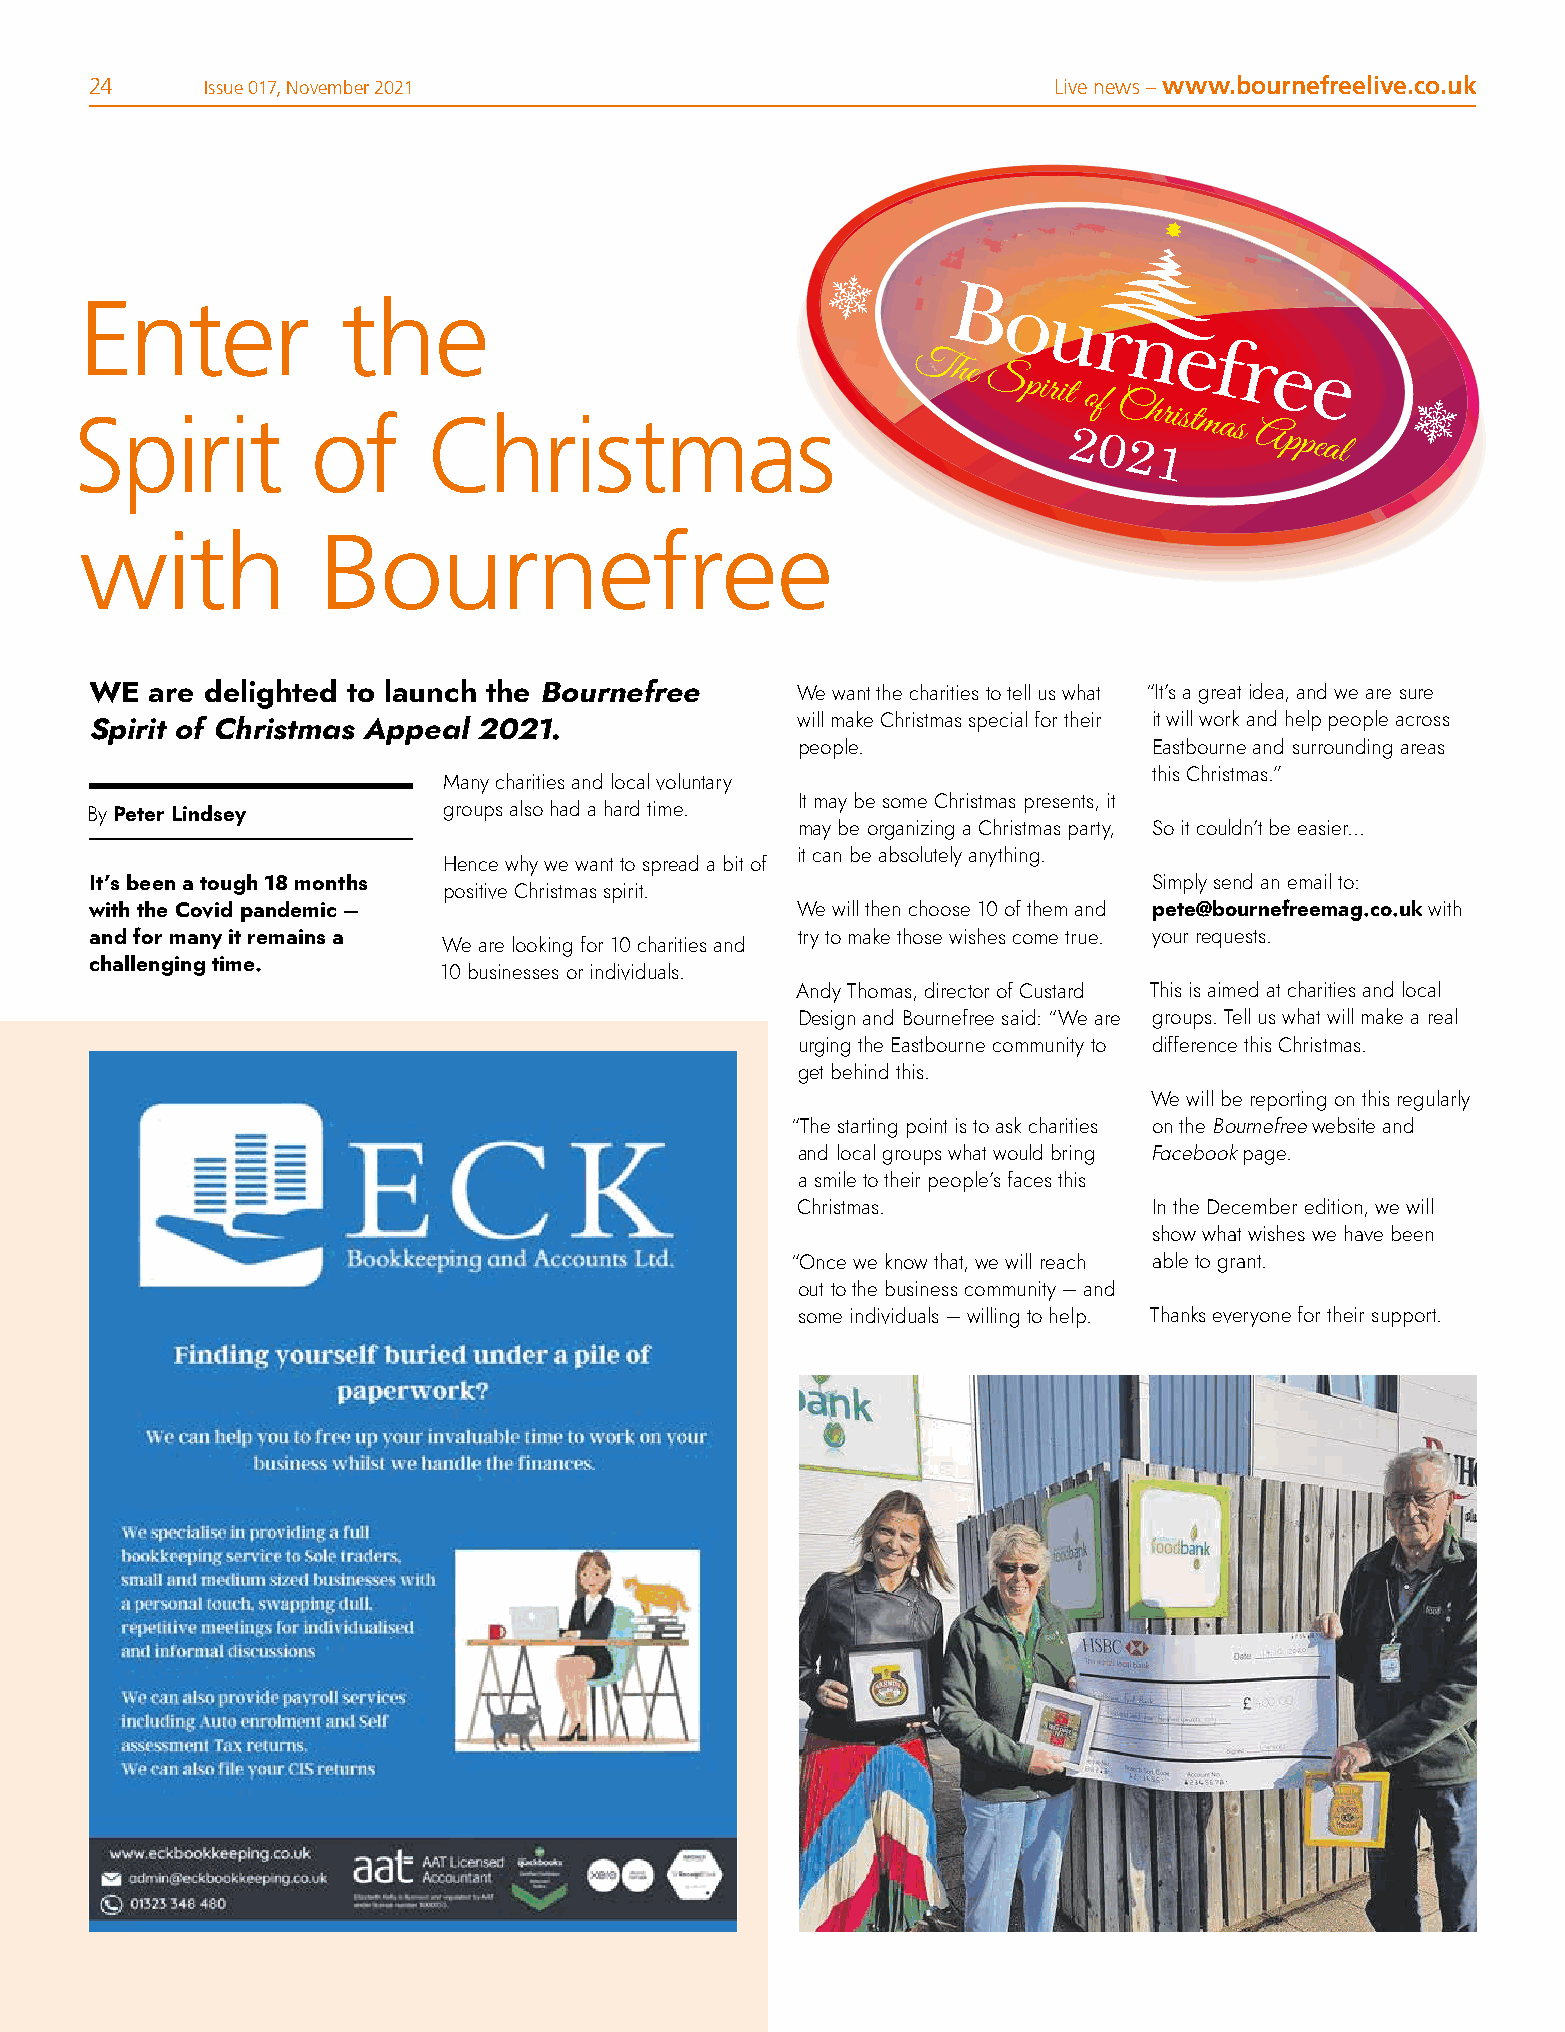
24     Issue 017, November 2021                                 Live news – www.bournefreelive.co.uk
 Enter             the
 The
 Spirit
 of
 Spirit          of     Christmas
 Christmas
 2021         Appeal
 with            Bournefree
 WE  are delighted to launch the Bournefree     We want the charities to tell us what “It’s a great idea, and we are sure
 will make Christmas special for their it will work and help people across
 Spirit of Christmas Appeal 2021.
 people.                Eastbourne and surrounding areas
 this Christmas.”
 Many charities and local voluntary
 It may be some Christmas presents, it
 By Peter Lindsey       groups also had a hard time.
 may be organizing a Christmas party, So it couldn’t be easier…
 it can be absolutely anything.
 Hence why we want to spread a bit of
 It’s been a tough 18 months                                           Simply send an email to:
 positive Christmas spirit.
 with the Covid pandemic –                      We will then choose 10 of them and pete@bournefreemag.co.uk with
 and for many it remains a                      try to make those wishes come true. your requests.
 We are looking for 10 charities and
 challenging time.
 10 businesses or individuals.
 Andy Thomas, director of Custard This is aimed at charities and local
 Design and Bournefree said: “We are groups. Tell us what will make a real
 urging the Eastbourne community to difference this Christmas.
 get behind this.
 We will be reporting on this regularly
 “The starting point is to ask charities on the Bournefree website and
 and local groups what would bring Facebook page.
 a smile to their people’s faces this
 Christmas.             In the December edition, we will
 show what wishes we have been
 “Once we know that, we will reach able to grant.
 out to the business community – and
 some individuals – willing to help. Thanks everyone for their support.